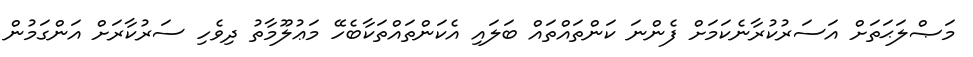
މަޞްލަޙަތަށް އަސަރުކުރާނެކަމަށް ފެންނަ ކަންތައްތައް ބަލައި އެކަންތައްތަކާބެހޭ މަޢުލޫމާތު ދިވެހި ސަރުކާރަށް އަންގަމުން